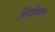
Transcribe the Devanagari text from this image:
विगोपन